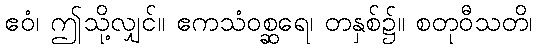
ဧဝံ၊ ဤသို့လျှင်။ ဧကသံဝစ္ဆရေ၊ တနှစ်၌။ စတုဝီသတိ၊